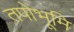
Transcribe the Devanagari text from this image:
तपोभूमि